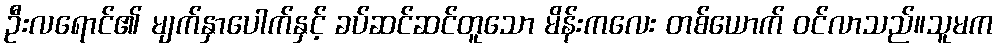
ဦးလရောင်၏ မျက်နှာပေါက်နှင့် ခပ်ဆင်ဆင်တူသော မိန်းကလေး တစ်ယောက် ဝင်လာသည်။သူမက